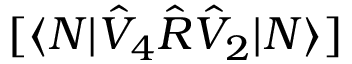
[ \langle N | \hat { V } _ { 4 } \hat { R } \hat { V } _ { 2 } | N \rangle ]